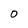
Character: 0